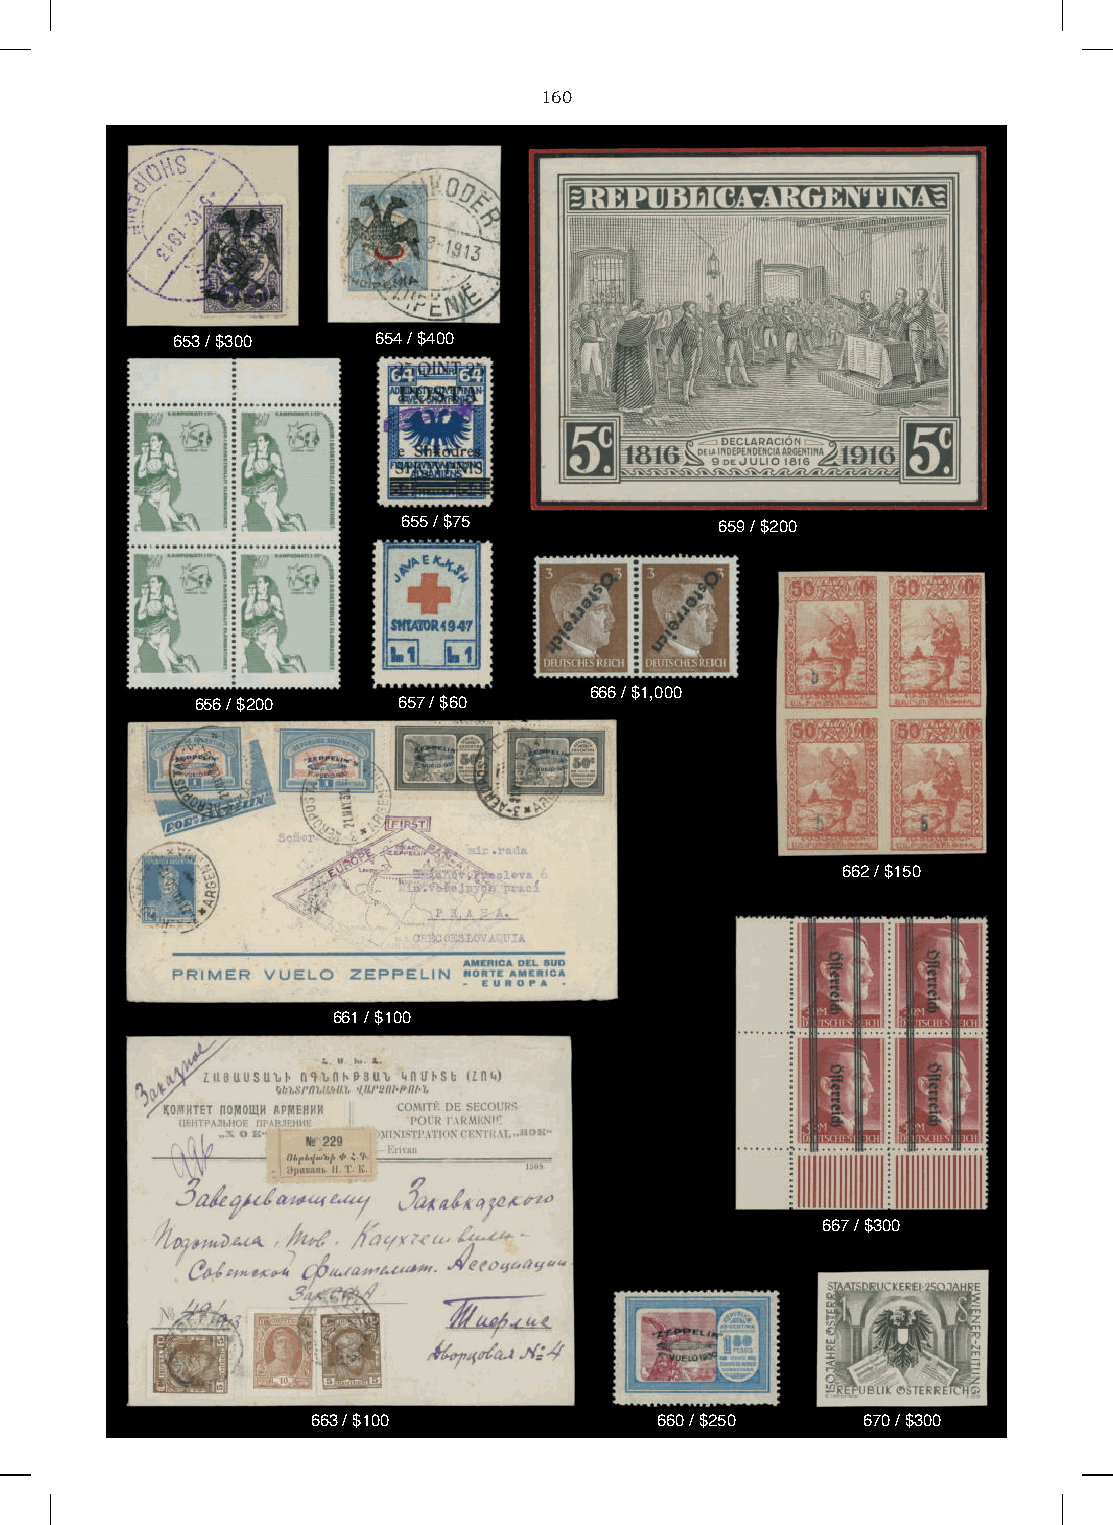
160
 653 / $300    654 / $400
 655 / $75            659 / $200
 666 / $1,000
 656 / $200   657 / $60
 662 / $150
 661 / $100
 667 / $300
 663 / $100            660 / $250    670 / $300